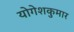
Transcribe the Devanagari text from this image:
योगेशकुमार